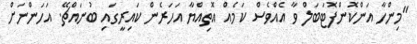
"މިންހާ އަންކޮންފޮޓަބަލް ވާ އެއްވެސް ކަމެއް އޮތިއްޔާ އަހަރެން ކައިރީގައި ބުނައްޗޭ. އަހަންނަށް